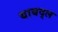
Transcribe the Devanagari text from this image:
याबद्ल